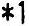
*1